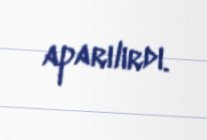
aparılırdı.